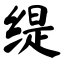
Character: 缇